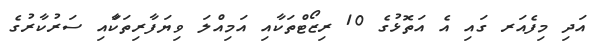
އަދި މިފެއަރ ގައި އެ އަތޮޅުގެ 10 ރިޒޯޓްތަކާއި އަމިއްލަ ވިޔަފާރިތަކާައި ސަރުކާރުގެ